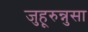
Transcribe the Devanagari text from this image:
जुहूरुन्नुसा